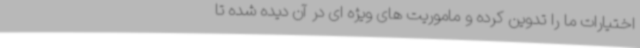
اختیارات ما را تدوین کرده و ماموریت های ویژه ای در آن دیده شده تا